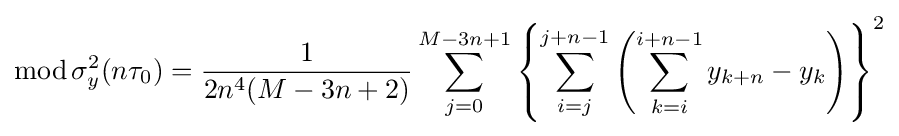
\operatorname {mod} \sigma _{y}^{2}(n\tau _{0})={\frac {1}{2n^{4}(M-3n+2)}}\sum _{j=0}^{M-3n+1}\left\{\sum _{i=j}^{j+n-1}\left(\sum _{k=i}^{i+n-1}y_{k+n}-y_{k}\right)\right\}^{2}